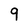
Character: 9